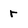
Character: r